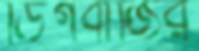
ডিগবাজির